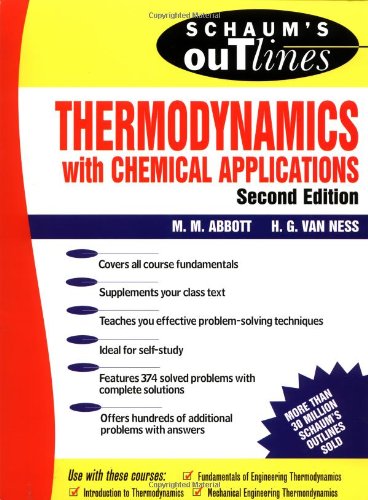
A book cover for Schaum's Outline of Thermodynamics With Chemical Applications (Schaum's Outline Series); Michael Abbott; Medical Books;